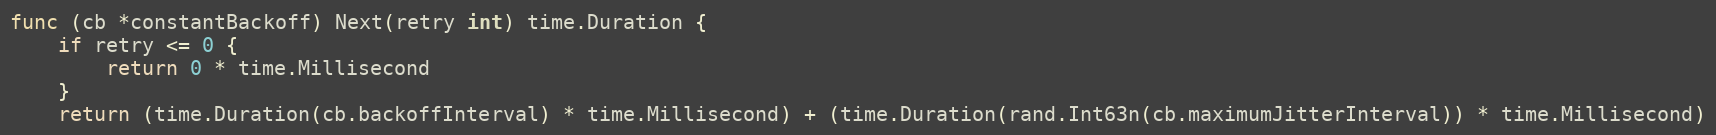
Language: Go
func (cb *constantBackoff) Next(retry int) time.Duration {
	if retry <= 0 {
		return 0 * time.Millisecond
	}
	return (time.Duration(cb.backoffInterval) * time.Millisecond) + (time.Duration(rand.Int63n(cb.maximumJitterInterval)) * time.Millisecond)